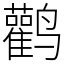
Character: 鹳